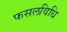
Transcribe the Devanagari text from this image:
फसलविधि